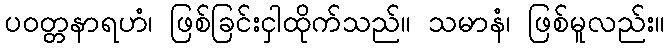
ပဝတ္တနာရဟံ၊ ဖြစ်ခြင်းငှါထိုက်သည်။ သမာနံ၊ ဖြစ်မူလည်း။